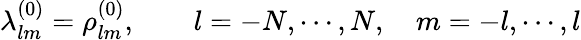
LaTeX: \lambda_{lm}^{(0)}=\rho_{lm}^{(0)},\qquad l=-N,\cdots,N,\quad m=-l,\cdots,l